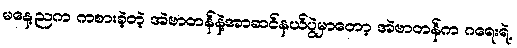
မနေ့ညက ကစားခဲ့တဲ့ အဲဗာတန်နဲ့အာဆင်နယ်ပွဲမှာတော့ အဲဗာတန်က ဂရေးရဲ့